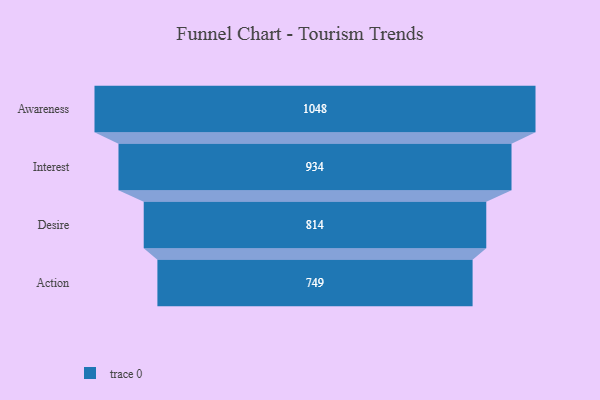
{"axis": {"x": "Stage", "y": "Value"}, "legend": [""], "data": [{"x": "Awareness", "y": 1048.0, "type": ""}, {"x": "Interest", "y": 934.0, "type": ""}, {"x": "Desire", "y": 814.0, "type": ""}, {"x": "Action", "y": 749.0, "type": ""}]}